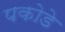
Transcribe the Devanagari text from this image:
पकोडे